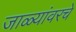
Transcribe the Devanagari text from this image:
जाळ्यांवरचे